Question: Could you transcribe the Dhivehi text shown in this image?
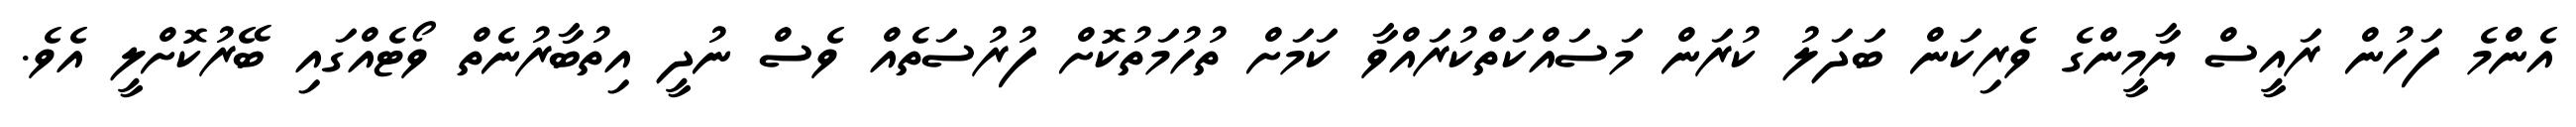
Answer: އެންމެ ފަހުން ރައީސް ޔާމީންގެ ވެރިކަން ބަދަލު ކުރަން މަސައްކަތްކުރައްވާ ކަމަށް ތުހުމަތުކޮށް ފުރުސަތެއް ވެސް ނުދީ އިތުބާރުނެތް ވޯޓެއްގައި ބޭރުކޮށްލީ އެވެ.